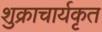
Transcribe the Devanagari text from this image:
शुक्राचार्यकृत